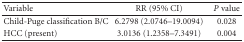
<table><thead><tr><td><b>Variable</b></td><td><b>RR (95% CI)</b></td><td><b><i>P</i> value</b></td></tr></thead><tbody><tr><td>Child-Puge classification B/C</td><td>6.2798 (2.0746–19.0094)</td><td>0.028</td></tr><tr><td>HCC (present)</td><td>3.0136 (1.2358–7.3491)</td><td>0.004</td></tr></tbody></table>